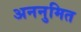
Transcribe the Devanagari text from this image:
अननुमित